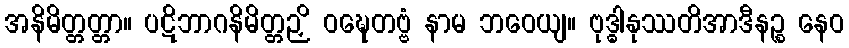
အနိမိတ္တတ္တာ။ ပဋိဘာဂနိမိတ္တဉှိ ဝဍ္ဎေတဗ္ဗံ နာမ ဘဝေယျ။ ဗုဒ္ဓါနုဿတိအာဒီနဉ္စ နေဝ